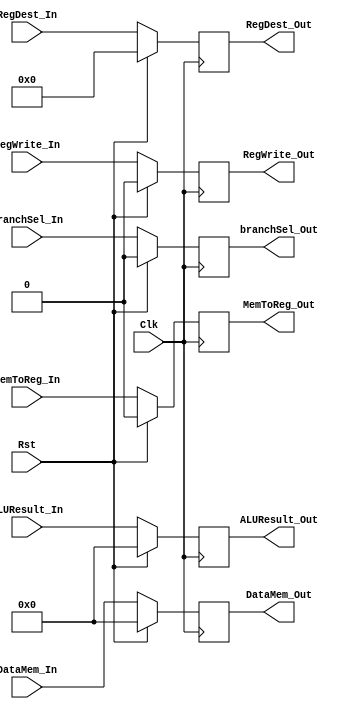
`timescale 1ns / 1ps
//Iain Donnelly , Josue Ortiz
// Effort 50-50
////////////////////////////////////////////////////////////////////////////////
// ECE369 - Computer Architecture
// 
//
//
// Student(s) Name and Last Name: FILL IN YOUR INFO HERE!
//
//
// Module - register_file.v
// Description - Implements a register file with 32 32-Bit wide registers.
//
// 
// INPUTS:-
// ReadRegister1: 5-Bit address to select a register to be read through 32-Bit 
//                output port 'ReadRegister1'.
// ReadRegister2: 5-Bit address to select a register to be read through 32-Bit 
//                output port 'ReadRegister2'.
// WriteRegister: 5-Bit address to select a register to be written through 32-Bit
//                input port 'WriteRegister'.
// WriteData: 32-Bit write input port.
// RegWrite: 1-Bit control input signal.
//
// OUTPUTS:-
// ReadData1: 32-Bit registered output. 
// ReadData2: 32-Bit registered output. 
//
// FUNCTIONALITY:-
// 'ReadRegister1' and 'ReadRegister2' are two 5-bit addresses to read two 
// registers simultaneously. The two 32-bit data sets are available on ports 
// 'ReadData1' and 'ReadData2', respectively. 'ReadData1' and 'ReadData2' are 
// registered outputs (output of register file is written into these registers 
// at the falling edge of the clock). You can view it as if outputs of registers
// specified by ReadRegister1 and ReadRegister2 are written into output 
// registers ReadData1 and ReadData2 at the falling edge of the clock. 
//
// 'RegWrite' signal is high during the rising edge of the clock if the input 
// data is to be written into the register file. The contents of the register 
// specified by address 'WriteRegister' in the register file are modified at the 
// rising edge of the clock if 'RegWrite' signal is high. The D-flip flops in 
// the register file are positive-edge (rising-edge) triggered. (You have to use 
// this information to generate the write-clock properly.) 
//
// NOTE:-
// We will design the register file such that the contents of registers do not 
// change for a pre-specified time before the falling edge of the clock arrives 
// to allow for data multiplexing and setup time.
////////////////////////////////////////////////////////////////////////////////

module MEM_WB_Register( RegWrite_In, 
                       MemToReg_In,
                       DataMem_In,
                       ALUResult_In,
                       RegDest_In,
                       branchSel_In,
                       Clk, 
                       RegWrite_Out, 
                       MemToReg_Out, 
                       DataMem_Out,
                       ALUResult_Out,
                       RegDest_Out,
                       branchSel_Out,
                       Rst
                       );
                       
       //WB Stage Signals 
       input Rst;               
       input RegWrite_In;                
       input MemToReg_In;
      input branchSel_In;
       
       output reg branchSel_Out;
       output reg RegWrite_Out; 
       output reg MemToReg_Out; 
       
       input Clk; 
       
       //data lines
       input [31:0] DataMem_In;
       input [31:0] ALUResult_In;
       input [4:0] RegDest_In;
       
       output reg [31:0] DataMem_Out;
       output reg [31:0] ALUResult_Out;
       output reg [4:0] RegDest_Out;
       
       
   initial begin    
       DataMem_Out <= 0 ;
       ALUResult_Out <= 0;
       RegDest_Out <= 0;
       RegWrite_Out <= 0; 
       MemToReg_Out <= 0; 
       branchSel_Out <= 0;
     end  
       
       
       always@(posedge Clk)begin
       if(Rst) begin
       DataMem_Out <= 0 ;
       ALUResult_Out <= 0;
       RegDest_Out <= 0;
       RegWrite_Out <= 0; 
       MemToReg_Out <= 0; 
       branchSel_Out <= 0;
           end
       else begin
       
       branchSel_Out <= branchSel_In;
       RegWrite_Out <= RegWrite_In;
       MemToReg_Out <= MemToReg_In;
       DataMem_Out <= DataMem_In;
       ALUResult_Out <= ALUResult_In;
       RegDest_Out <= RegDest_In;
       end    
       end

endmodule